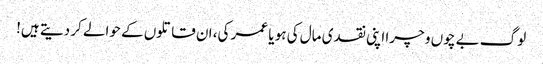
لوگ بے چوں و چرا اپنی نقدی مال کی ہو یا عمر کی، ان قاتلوں کے حوالے کر دیتے ہیں!